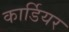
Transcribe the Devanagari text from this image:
कार्डियर